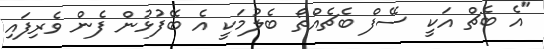
"އެ ބެޗް އަކީ ސޭފް ބެޗެއްތޯ ބެލުމަކީ އެ ބޭފުޅުން ފެން ވެރިފައި